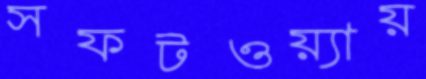
সফটওয়্যায়